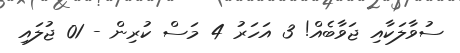
ސުވާލަކާއި ޖަވާބެއް! 3 އަހަރު 4 މަސް ކުރިން - 01 ޖުލައި